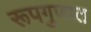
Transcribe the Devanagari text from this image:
रूपगुणात